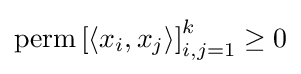
\operatorname {perm} \left[\langle x_{i},x_{j}\rangle \right]_{i,j=1}^{k}\geq 0